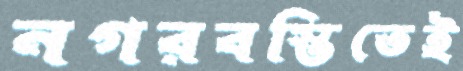
নগরবস্তিতেই